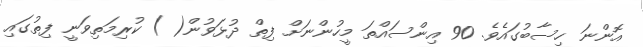
އޮންނަ ހިސާބުގައެވެ. 90 އިންސައްތަ މީހުންނަށް ފިތް ދުޅަވުން( ) ކުރިމަތިވަނީ ފިތުގައި